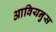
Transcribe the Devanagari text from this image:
आवियनुस